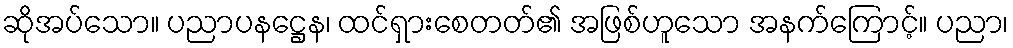
ဆိုအပ်သော။ ပညာပနဋ္ဌေန၊ ထင်ရှားစေတတ်၏ အဖြစ်ဟူသော အနက်ကြောင့်။ ပညာ၊